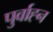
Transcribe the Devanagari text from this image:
पुर्वाह्न